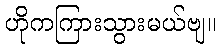
ဟိုကကြားသွားမယ်ဗျ။